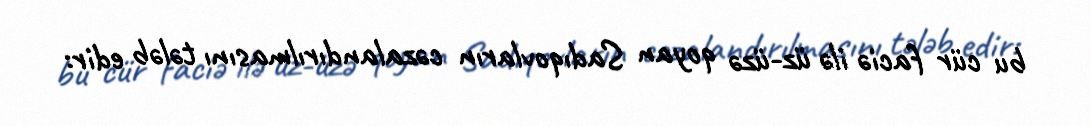
bu cür faciə ilə üz-üzə qoyan Sadıqovların cəzalandırılmasını tələb edir: